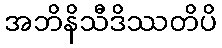
အဘိနိသီဒိဿတိပိ